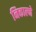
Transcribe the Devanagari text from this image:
निकाल्ने